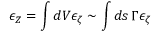
\epsilon _ { Z } = \int { d V } \epsilon _ { \zeta } \sim \int { d s } \, \Gamma \epsilon _ { \zeta }